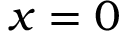
x = 0